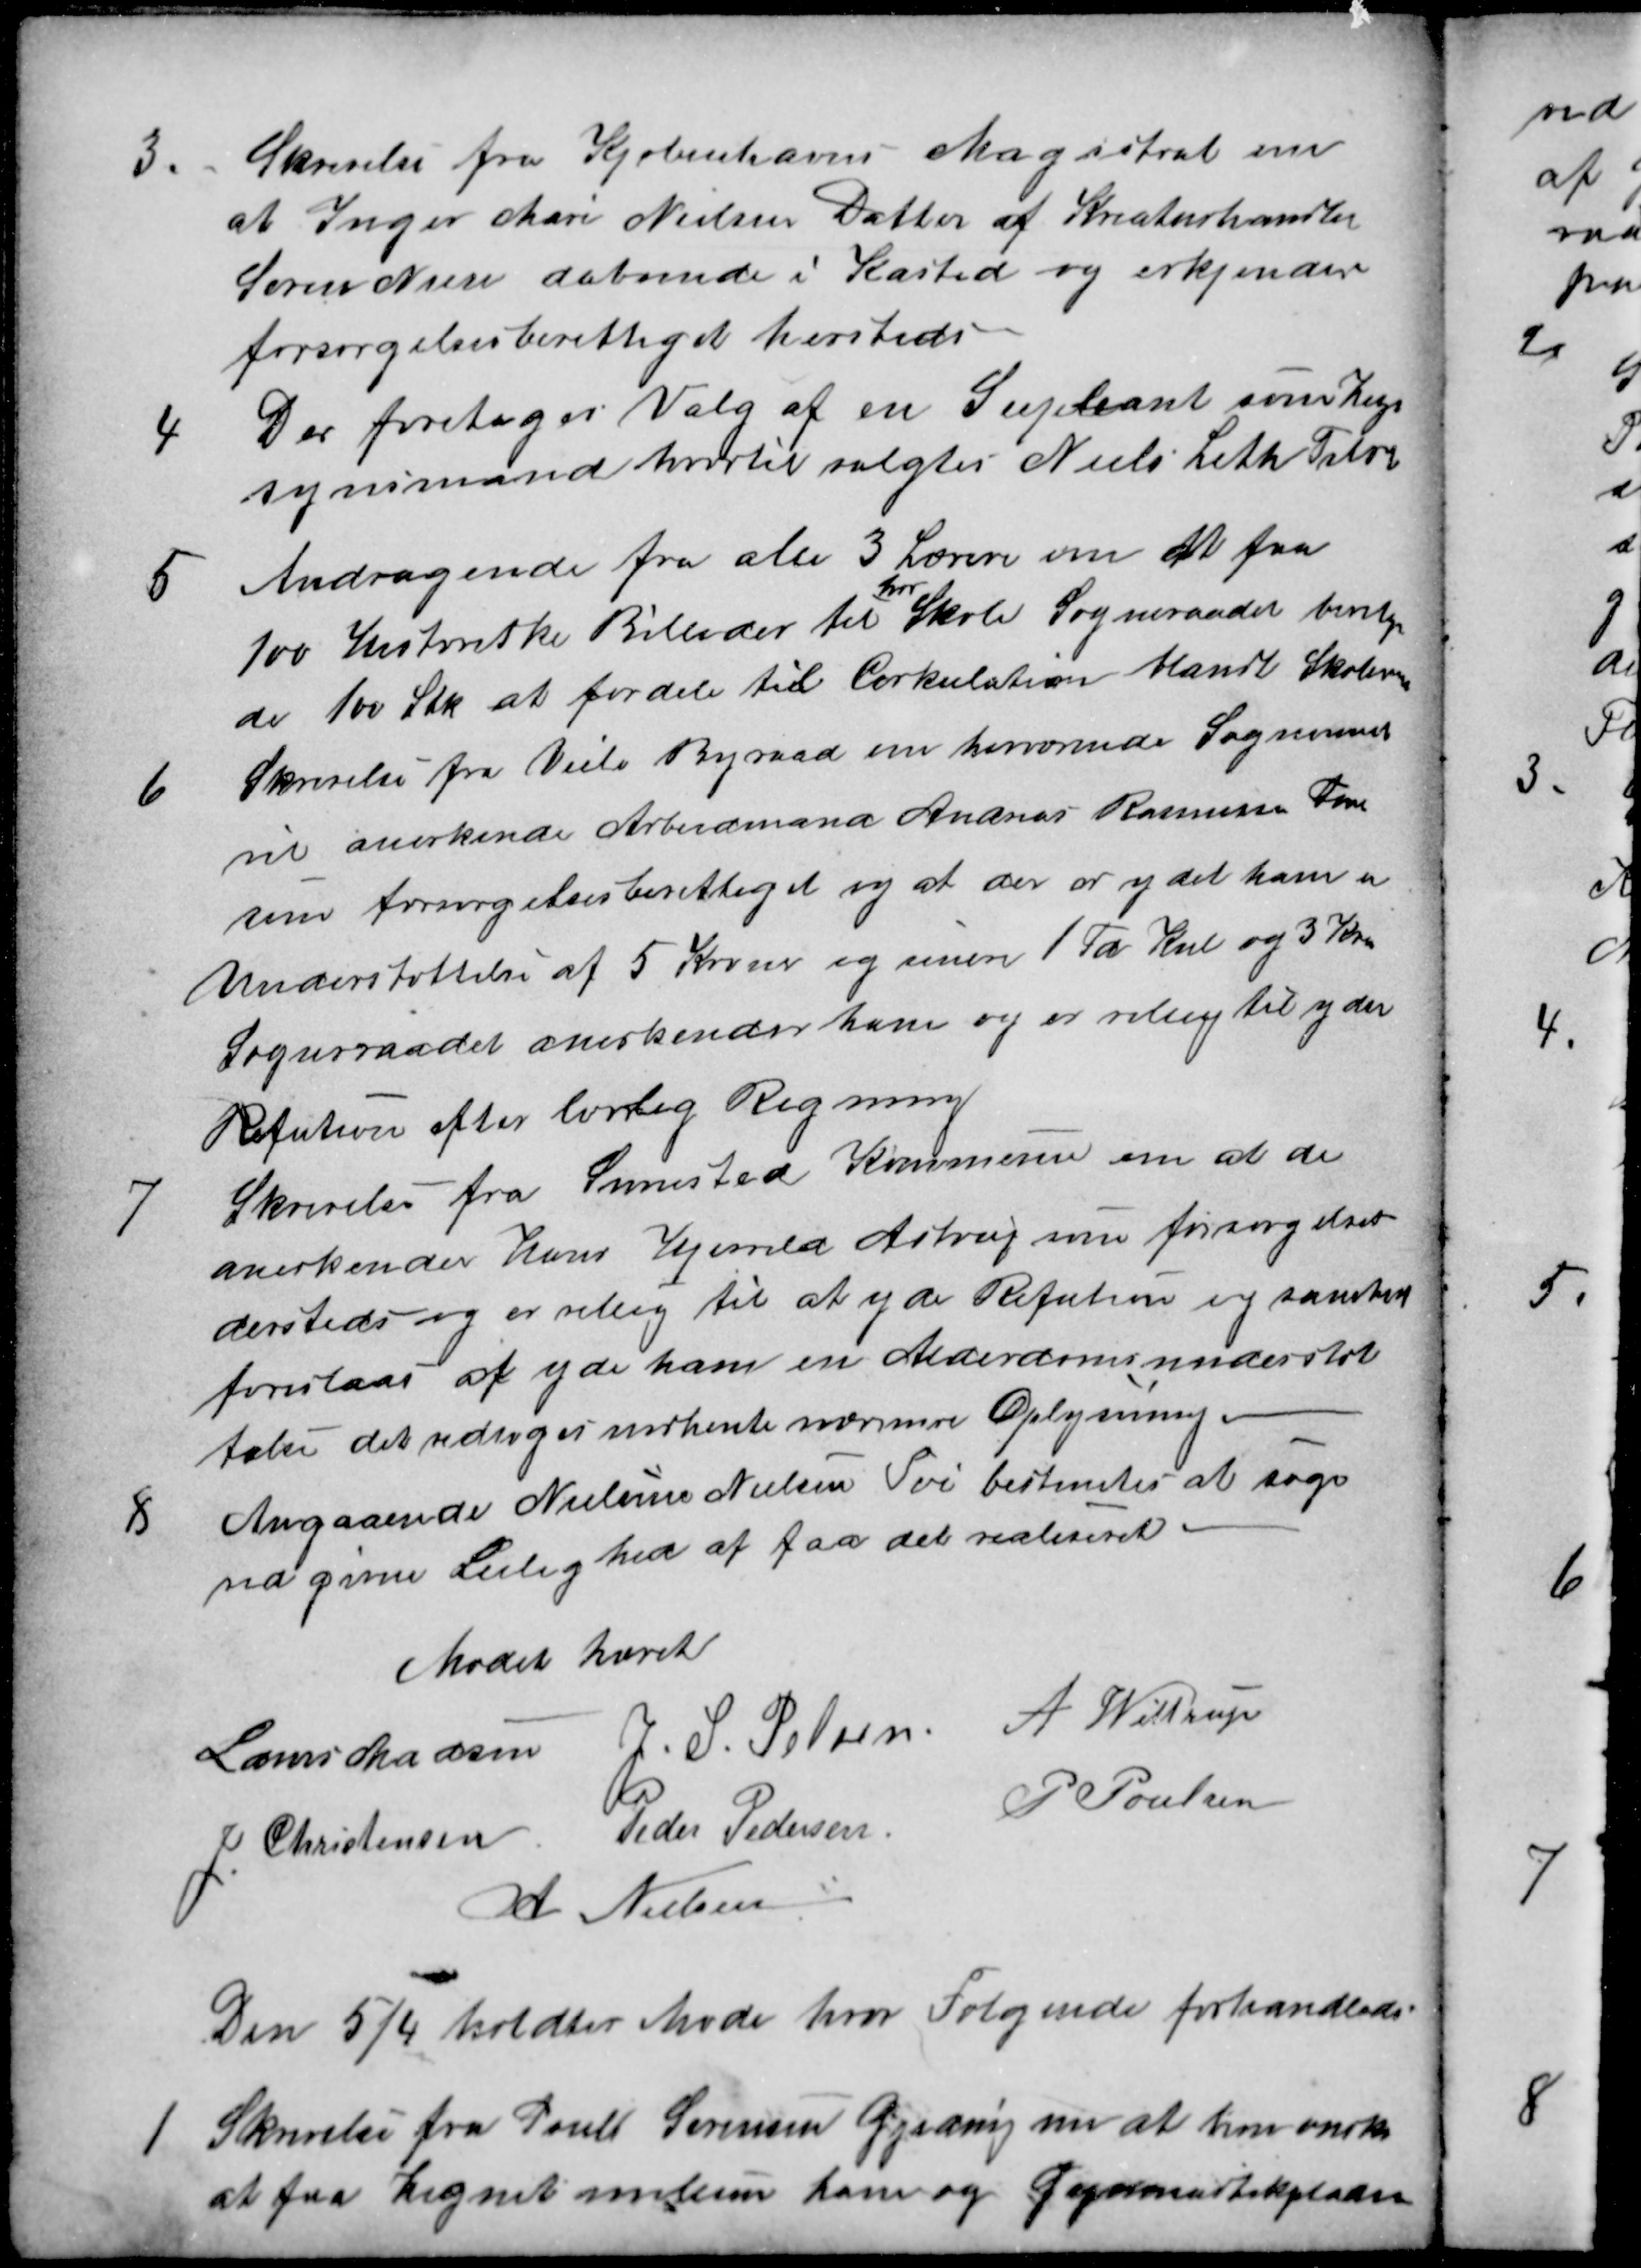
Transskription:
3.
Skrivelse fra Kjøbenhavns Magistrat om
at Inger Mari Nielsen Datter af Kreaturhandler
Søren Niese daboende i Kasted og erkjender
forsørgelsesberettiget hersteds
4
Der foretoges Valg af en Supleant som Lig-
synsmand hvortil valgtes Niels Leth Tilst
5
Andragende fra alle 3 Lærere om at faa
100 Historiske Billeder til
hver
Skole Sogneraadet bevilge
de 100 Stk at fordele til Cirkulation blandt Skolerne
6
Skrivelse fra Veile Byraad om herværende Sogneraad
vil anerkende Arbeidmand Andreas Rasmussen Tom
som forsørgelsesberettiget og at der er ydet ham en
Understøttelse af 5 Kroner og senere 1 Td Kul og 3 Kr.
Sogneraadet anerkender ham og er villig til yder
Refution efter lovlig Regning
7
Skrivelse fra Simested Kommune om at de
anerkender Hans Hjerrild Astrup som forsørgelses
dersteds og er villig til at yde Refution og samtid
foreslaas at yde ham en Alderdomsunderstøt
telse det vedtoges indhente nærmere Oplysning.
8
Angaaende Nielsine Nielsen Tvi bestemtes at søge
ved given Leilighed at faa det realiseret 
Mødet hævet
Laurs Madsen
J. S. Pelsen
 A. Wittrup
J. Christensen
Peder Pedersen
P Poulsen
A Nielsen
Den 5/4 holdtes Møde hvor Følgende forhandledes.
1
Skrivelse fra Poul Sørensen Gjeding nu at han ønsker
at faa Hegnet mellem ham og Gymnastikpladsen